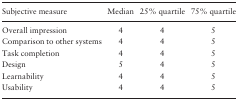
<table><thead><tr><td><b>Subjective measure</b></td><td><b>Median</b></td><td><b>25% quartile</b></td><td><b>75% quartile</b></td></tr></thead><tbody><tr><td>Overall impression</td><td>4</td><td>4</td><td>5</td></tr><tr><td>Comparison to other systems</td><td>4</td><td>4</td><td>5</td></tr><tr><td>Task completion</td><td>4</td><td>4</td><td>5</td></tr><tr><td>Design</td><td>5</td><td>4</td><td>5</td></tr><tr><td>Learnability</td><td>4</td><td>4</td><td>5</td></tr><tr><td>Usability</td><td>4</td><td>4</td><td>5</td></tr></tbody></table>